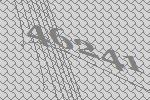
46241